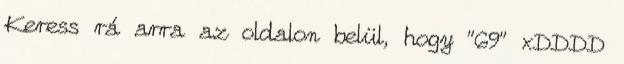
Keress rá arra az oldalon belül, hogy "69" xDDDD